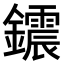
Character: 𨯂